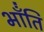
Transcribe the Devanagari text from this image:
भाँंति